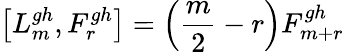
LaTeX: \left[L_{m}^{gh},F_{r}^{gh}\right]=\left(\frac{m}{2}-r\right)F_{m+r}^{gh}